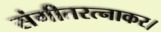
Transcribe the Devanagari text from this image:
संगीतरत्नाकर।